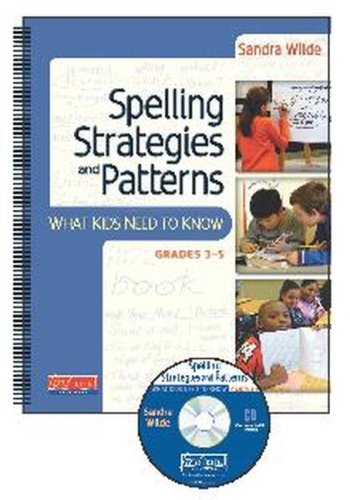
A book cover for Spelling Strategies and Patterns; Sandra Wilde; Reference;